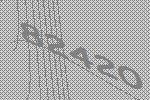
82420